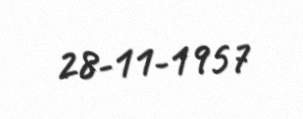
28-11-1957